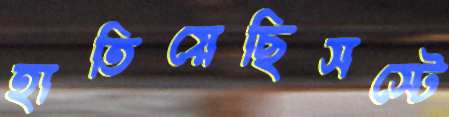
হাতিয়েছিসস্টে